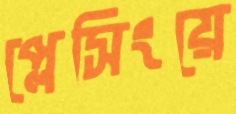
প্লেসিংয়ে